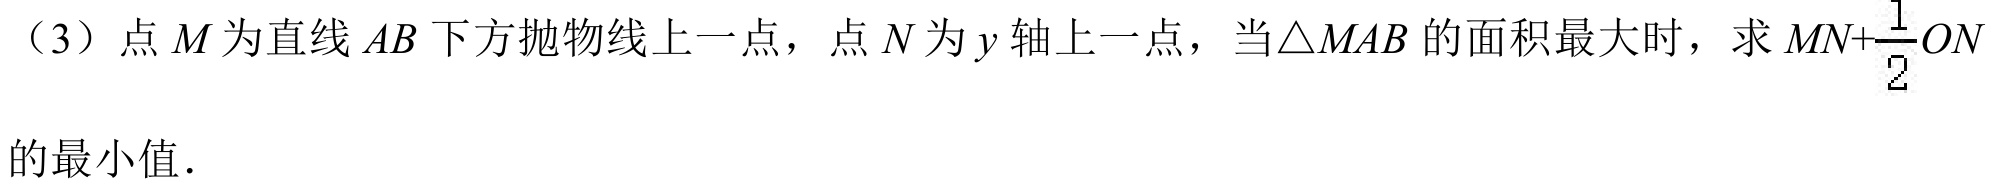
（3）点\(M\)为直线\(AB\)下方抛物线上一点，点\(N\)为\(y\)轴上一点，当\(\triangle MAB\)的面积最大时，求\(MN+\dfrac{1}{2}ON\)的最小值.